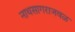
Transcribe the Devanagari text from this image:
नाथसागराजवळ